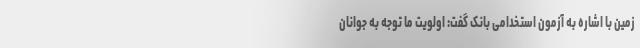
زمین با اشاره به آزمون استخدامی بانک گفت: اولویت ما توجه به جوانان